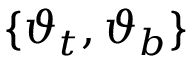
\{ \boldsymbol { \vartheta } _ { t } , \boldsymbol { \vartheta } _ { b } \}